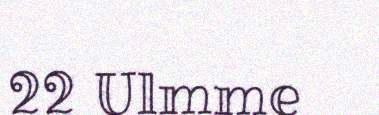
22 Ulmme